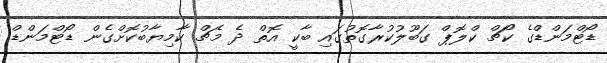
ޑޯޓްމަންޑްގެ ކޯޗް ކްލޮޕް ގަބޫލުކުރާގޮތުގައި ބާކީ އޮތް ދެ މެޗް ކާމިޔާބުކޮށްގެން ޑޯޓްމަންޑް